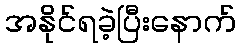
အနိုင်ရခဲ့ပြီးနောက်